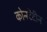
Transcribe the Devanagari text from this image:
कोन्स्टेंटीन